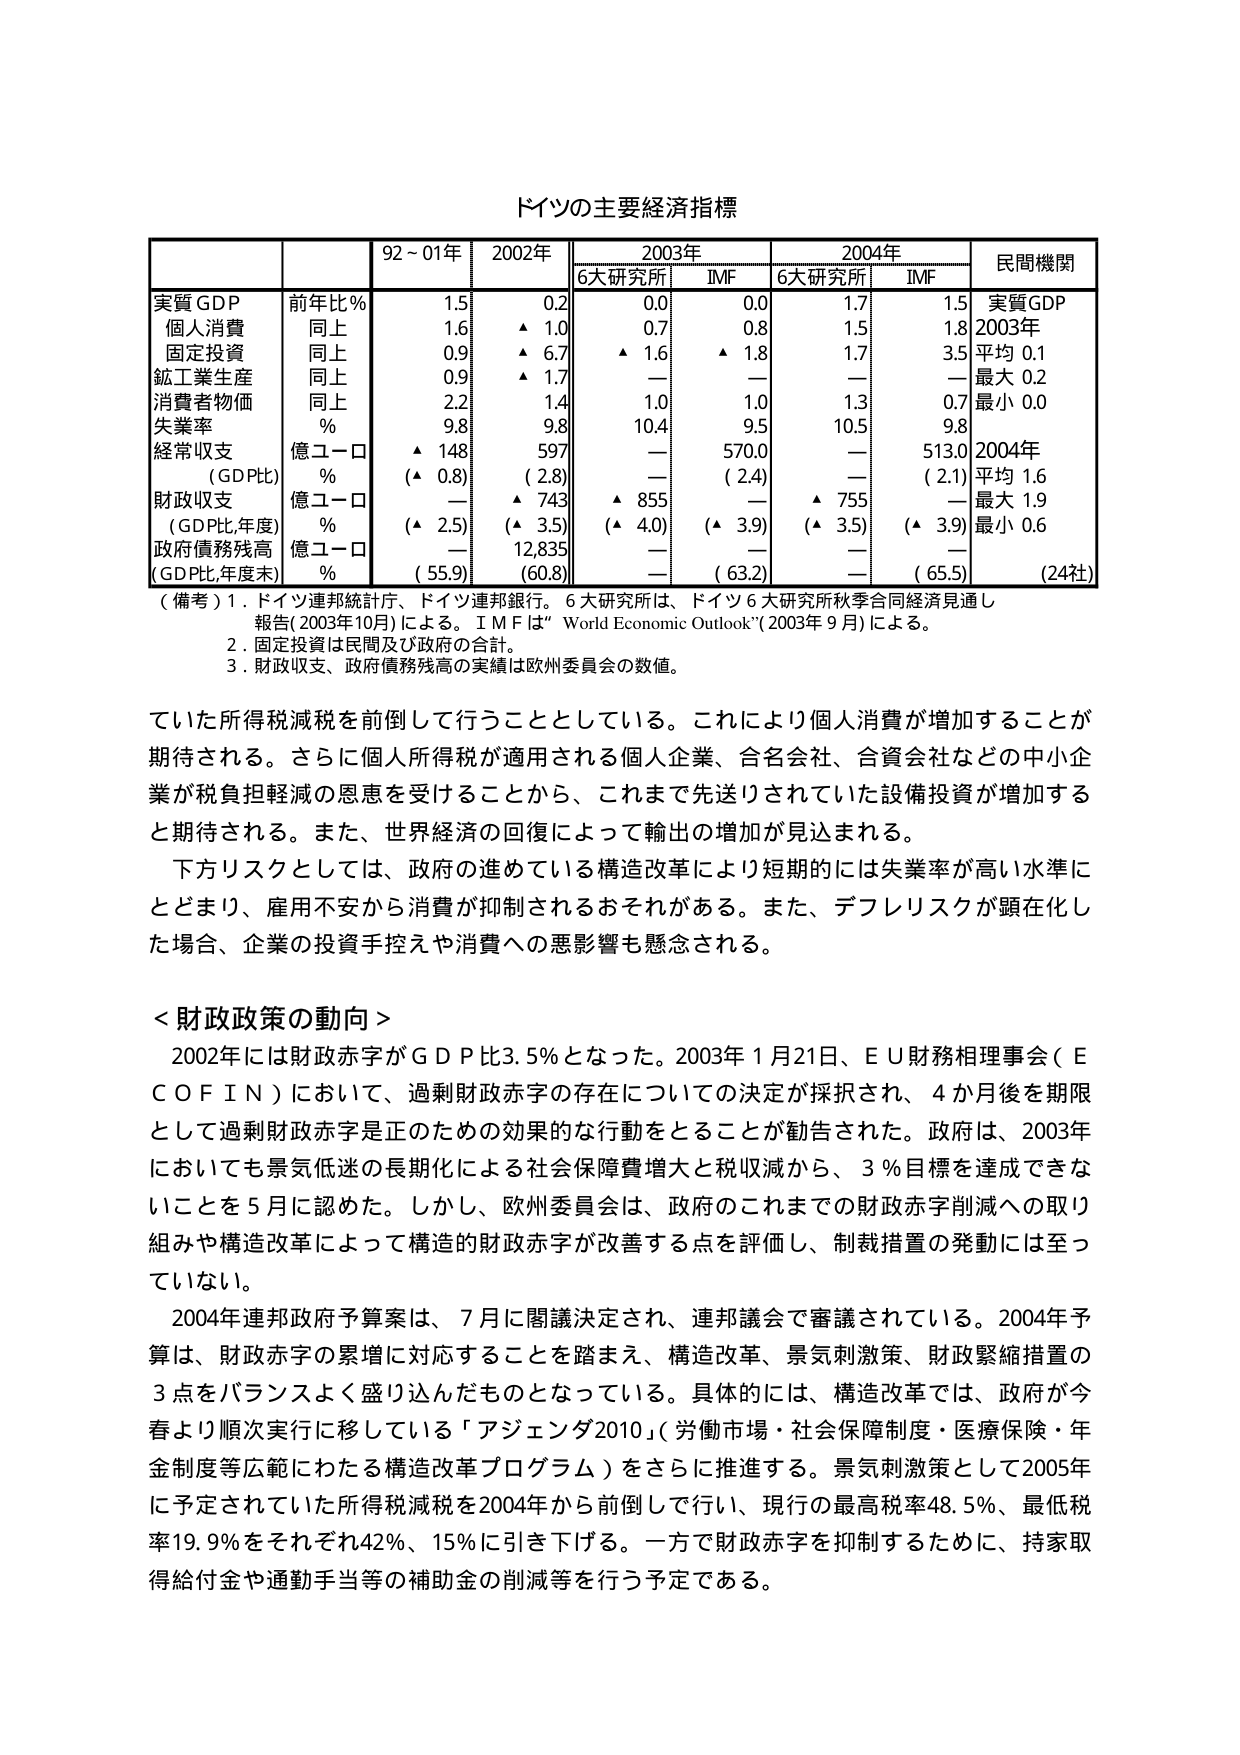
ドイツの主要経済指標

| | | 92～01年 | 2002年 | 2003年 | 2004年 | 民間機関 |
|---|---|---|---|---|---|---|
| | | | | 6大研究所 | IMF | 6大研究所 | IMF | |
| 実質GDP | 前年比% | 1.5 | 0.2 | 0.0 | 0.0 | 1.7 | 1.5 | 実質GDP |
| 個人消費 | 同上 | 1.6 | ▲ 1.0 | 0.7 | 0.8 | 1.5 | 1.8 | 2003年 |
| 固定投資 | 同上 | 0.9 | ▲ 6.7 | ▲ 1.6 | ▲ 1.8 | 1.7 | 3.5 | 平均 0.1 |
| 鉱工業生産 | 同上 | 0.9 | ▲ 1.7 | — | — | — | — | 最大 0.2 |
| 消費者物価 | 同上 | 2.2 | 1.4 | 1.0 | 1.0 | 1.3 | 0.7 | 最小 0.0 |
| 失業率 | % | 9.8 | 9.8 | 10.4 | 9.5 | 10.5 | 9.8 | |
| 経常収支 | 億ユーロ | ▲ 148 | 597 | — | 570.0 | — | 513.0 | 2004年 |
| （GDP比） | % | （▲ 0.8） | （2.8） | — | （2.4） | — | （2.1） | 平均 1.6 |
| 財政収支 | 億ユーロ | — | ▲ 743 | ▲ 855 | — | ▲ 755 | — | 最大 1.9 |
| （GDP比,年度） | % | （▲ 2.5） | （▲ 3.5） | （▲ 4.0） | （▲ 3.9） | （▲ 3.5） | （▲ 3.9） | 最小 0.6 |
| 政府債務残高 | 億ユーロ | — | 12,835 | — | — | — | — | |
| （GDP比,年度末） | % | （55.9） | （60.8） | — | （63.2） | — | （65.5） | （24社） |

（備考）1．ドイツ連邦統計庁、ドイツ連邦銀行。6大研究所は、ドイツ6大研究所秋季合同経済見通し報告（2003年10月）による。IMFは“World Economic Outlook”（2003年9月）による。
2．固定投資は民間及び政府の合計。
3．財政収支、政府債務残高の実績は欧州委員会の数値。

ていた所得税減税を前倒して行うこととしている。これにより個人消費が増加することが期待される。さらに個人所得税が適用される個人企業、合名会社、合資会社などの中企業が税負担軽減の恩恵を受けることから、これまで先送りされていた設備投資が増加すると期待される。また、世界経済の回復によって輸出の増加が見込まれる。

下方リスクとしては、政府の進めている構造改革により短期的には失業率が高い水準にとどまり、雇用不安から消費が抑制されるおそれがある。また、デフレリスクが顕在化した場合、企業の投資手控えや消費への悪影響も懸念される。

＜財政政策の動向＞
2002年には財政赤字がGDP比3.5％となった。2003年1月21日、EU財務相理事会（ECOFIN）において、過剰財政赤字の存在についての決定が採択され、4か月後を期限として過剰財政赤字是正のための効果的な行動をとることが勧告された。政府は、2003年においても景気低迷の長期化による社会保障費増大と税収減から、3％目標を達成できないことを5月に認めた。しかし、欧州委員会は、政府のこれまでの財政赤字削減への取り組みや構造改革によって構造的財政赤字が改善する点を評価し、制裁措置の発動には至っていない。

2004年連邦政府予算案は、7月に閣議決定され、連邦議会で審議されている。2004年予算は、財政赤字の累増に対応することを踏まえ、構造改革、景気刺激策、財政緊縮措置の3点をバランスよく盛り込んだものとなっている。具体的には、構造改革では、政府が今春より順次実行に移している「アジェンダ2010」（労働市場・社会保障制度・医療保険・年金制度等広範にわたる構造改革プログラム）をさらに推進する。景気刺激策として2005年に予定されていた所得税減税を2004年から前倒しで行い、現行の最高税率48.5％、最低税率19.9％をそれぞれ42％、15％に引き下げる。一方で財政赤字を抑制するために、持家取得給付金や通勤手当等の補助金の削減等を行う予定である。